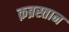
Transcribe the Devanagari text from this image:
क़ब्रस्तान